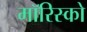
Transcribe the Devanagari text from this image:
मॉरिस्को